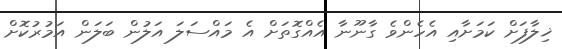
ޚިލާފަށް ކަމަށާއި އެހެންވެ ގާނޫނާ އެއްގޮތަށް އެ މައްސަލަ އަލުން ބަލަން އަމުރުކޮށް